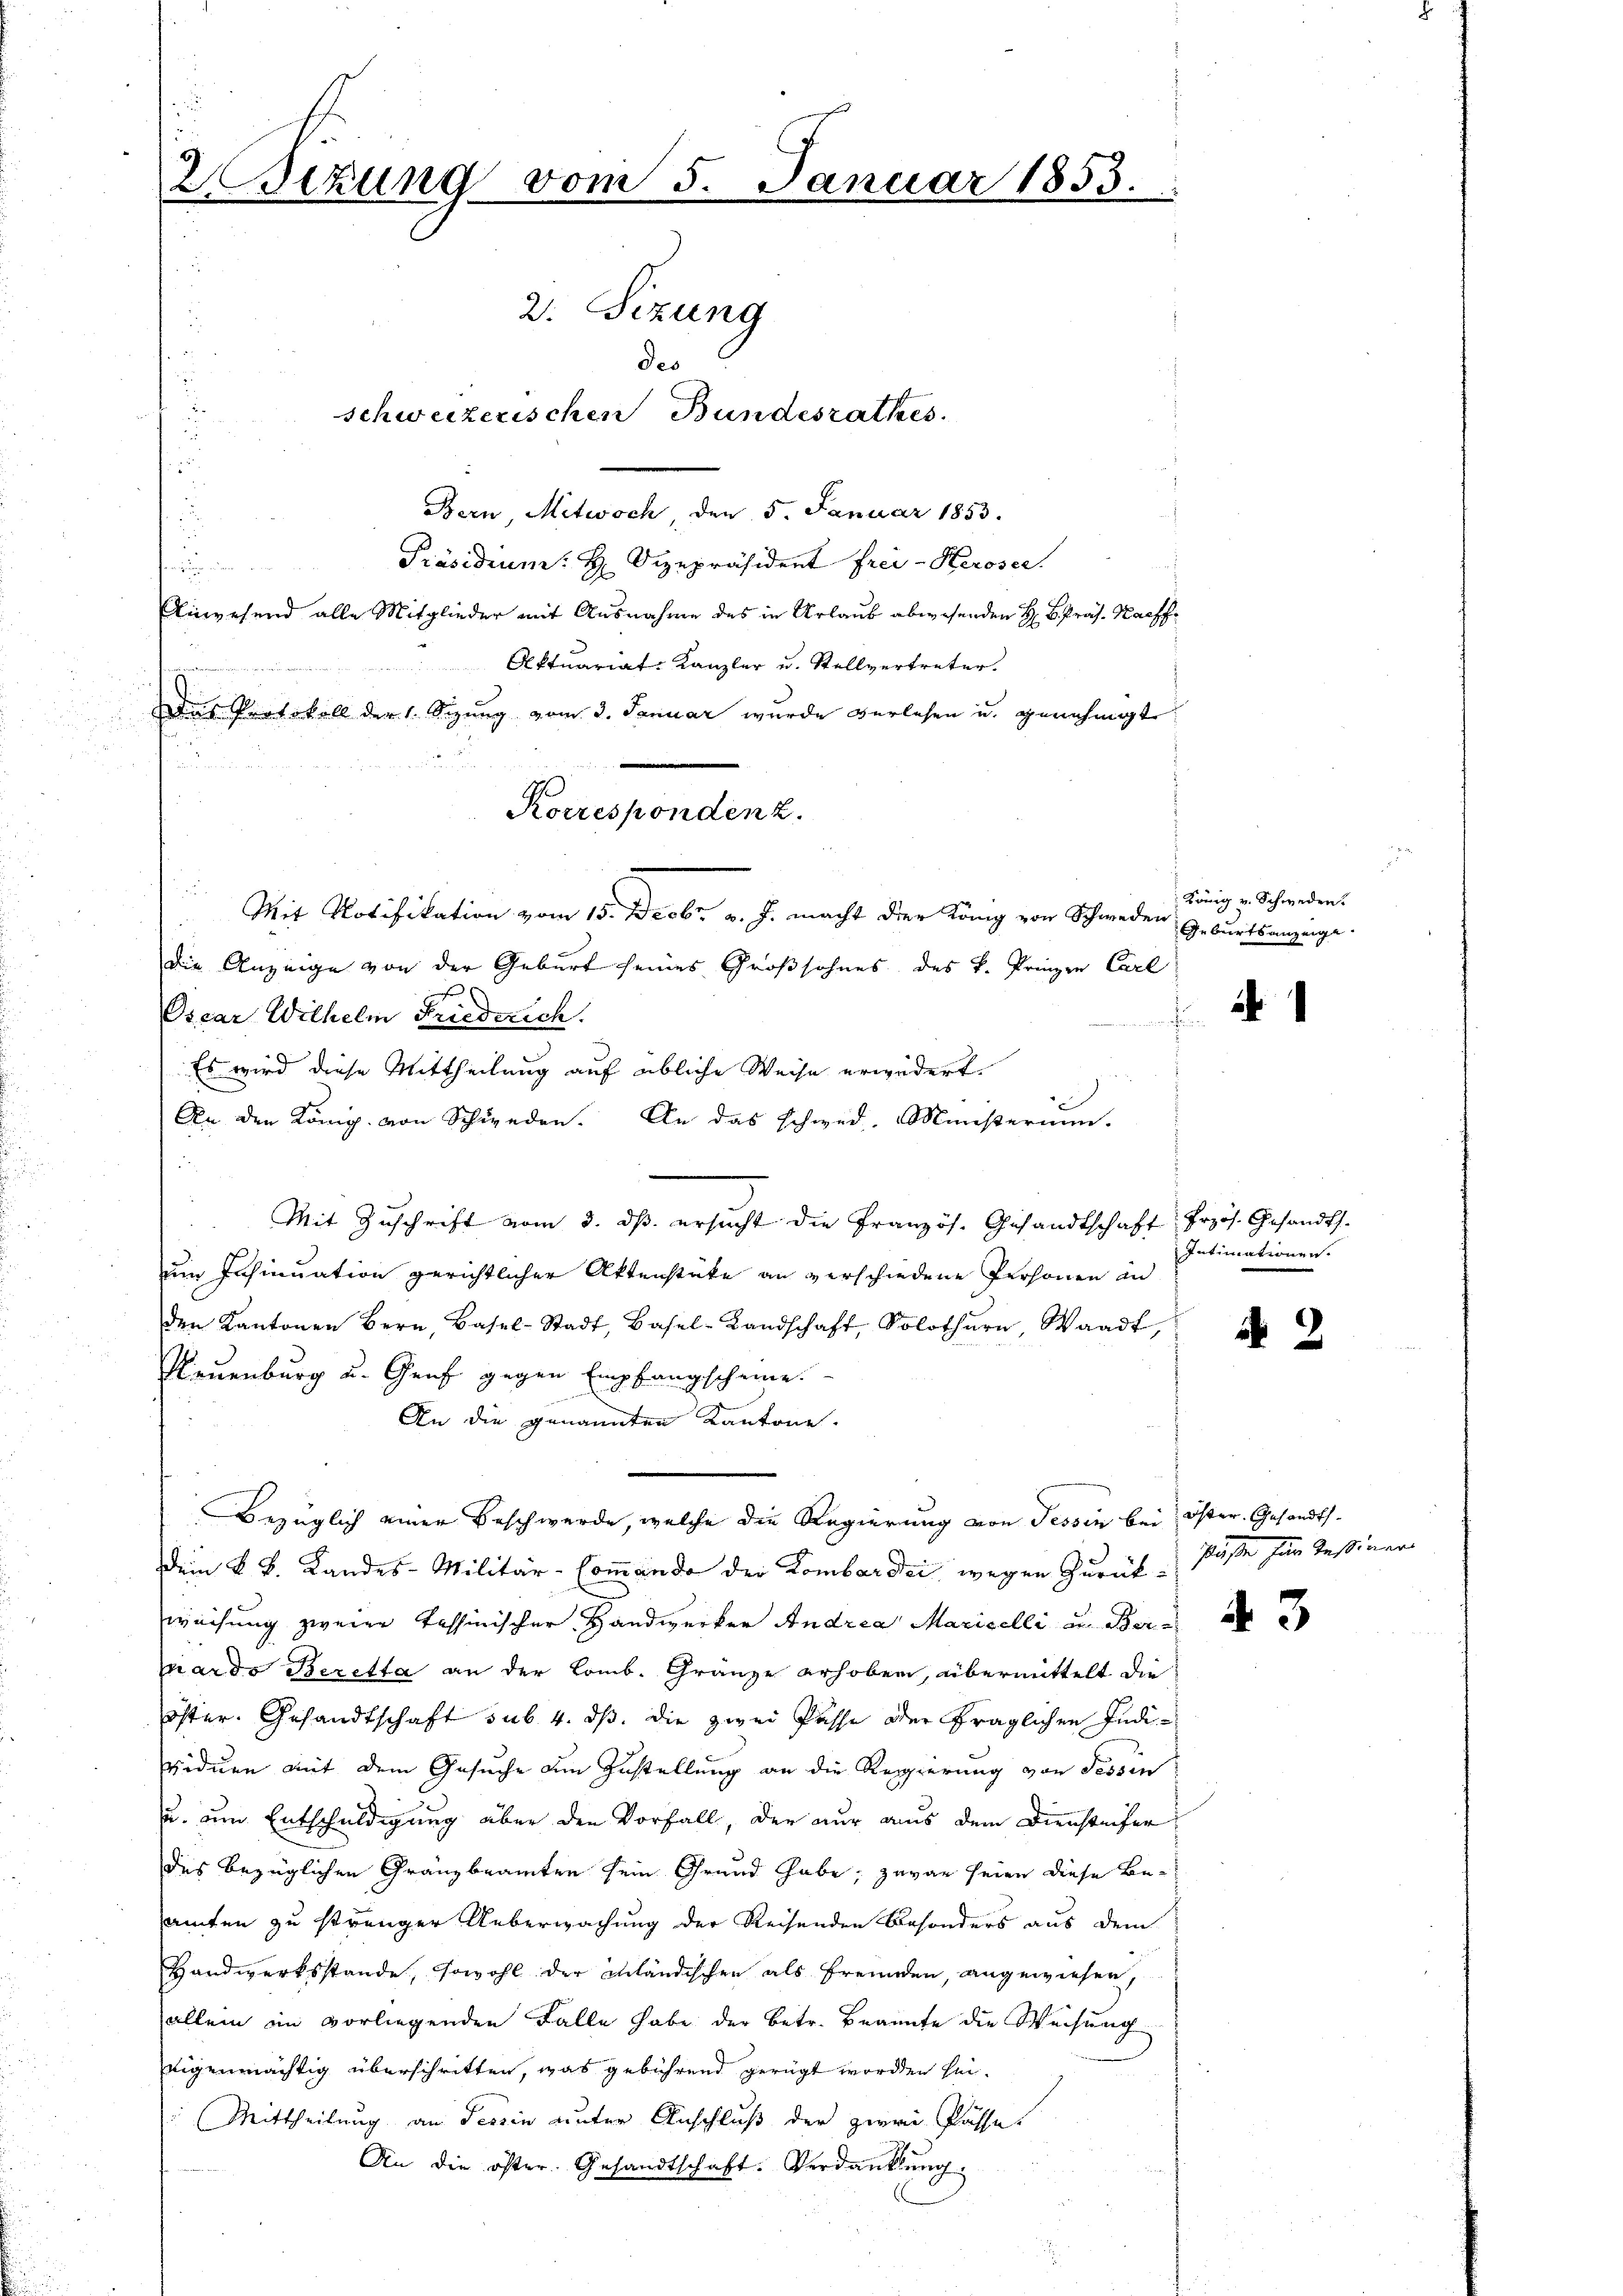
Bern, Mitwoch, den 5. Januar 1853.
Präsidium: H. Vizepräsident Frei-Keroser.
hen dur
Ainwesend alle Mitglieder mit Ausnahme des in Urlaub abwesenden H. B. Präs. Kachf
Aktuariat-Kanzler u. Stellvertreter.
Das Protokoll der 1. Sizung vom 3. Januar wurde verlesen u. genehmigte
 xx
.
Die Anzeige von der Geburt seines Großsohnes des k. Prinzen Carl
Oscar Wilhelm Friedrich.
Es wird diese Mittheilung auf übliche Weise erwidert.
An den König. von Schieden. An das schwei- Ministerium.
.
Mit Zŭschrift vom 3. ds. ersŭcht die Französ. Gesandtschaft Erzös. Gesandts
um Insinuation gerichtlicher Aktenstäte an verschiedene Personen an
den Kantonen Bern, Basel-Stadt, Basel-Landschaft, Solothurn, Waadt,
Neuenburg u. Genf gegen Empfangscheine.

An die genannten Kantone.
Bezüglich einer Beschwerde, welche die Regierung von Tessin bei öster. Gesandtsdem k. k. Landes-Militär-Commando der Lombardii wegen Zurück Pässe für Tessiner
weisung zweier Tessinischer Handwerker Andrea Mariselli in Beruardo Beretta an der Comb. Gränze erhoben, übermittelt die
öster. Gesandtschaft sub. 4. ds. die zwei Pässe der fraglichen Individuen mit dem Gesuche dem Zustellung an die Regierung von Tessin
u. um Entschuldigung über den Vorfall, der nur aus dem Diensteifer
des bezüglichen Gränzbeamten sein Grund habe; zuvor seien diese Beamten zu strenger Ueberwachung der Reisenden Besonders aus dem
Handwerksstande, sowohl der inländischen als Freunden, angewiesen,
allein im vorliegenden Falle habe der betr. Brannte die Weisung
eigenmächtig überschritten, was gebührend gerügt worden sei¬
Mittheilung an Tessin unter Anschluß der zwei Pässe
An die öster. Gesandtschaft. Verdankung:

2sezung vom 5. Januar 1853.
2. Sizung
des
schweizerischen Bundesrathes.

Korrespondenz.
Mit Notifikation vom 15. Decbr. v. J. macht der König von Schweden

König v. Schweden.
Geburtsanzeige

f

i

Intimationen.

2

43